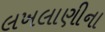
લખલાણીના